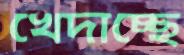
খেদাচ্ছে